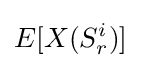
E[X(S_{r}^{i})]